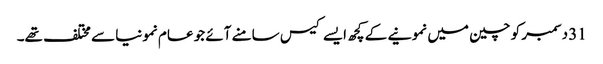
31 دسمبر کو چین میں نمونیے کے کچھ ایسے کیس سامنے آئے جو عام نمونیا سے مختلف تھے۔